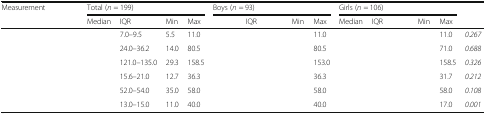
<table><thead><tr><td rowspan="2"><b>Measurement</b></td><td colspan="4"><b>Total (<i>n</i> = 199)</b></td><td colspan="4"><b>Boys (<i>n</i> = 93)</b></td><td colspan="4"><b>Girls (<i>n</i> = 106)</b></td><td rowspan="2">[EMPTY_CELL]</td></tr><tr><td><b>Median</b></td><td><b>IQR</b></td><td><b>Min</b></td><td><b>Max</b></td><td>[EMPTY_CELL]</td><td><b>IQR</b></td><td><b>Min</b></td><td><b>Max</b></td><td><b>Median</b></td><td><b>IQR</b></td><td><b>Min</b></td><td><b>Max</b></td></tr></thead><tbody><tr><td>[EMPTY_CELL]</td><td>[EMPTY_CELL]</td><td>7.0–9.5</td><td>5.5</td><td>11.0</td><td>[EMPTY_CELL]</td><td>[EMPTY_CELL]</td><td>[EMPTY_CELL]</td><td>11.0</td><td>[EMPTY_CELL]</td><td>[EMPTY_CELL]</td><td>[EMPTY_CELL]</td><td>11.0</td><td><i>0.267</i></td></tr><tr><td>[EMPTY_CELL]</td><td>[EMPTY_CELL]</td><td>24.0–36.2</td><td>14.0</td><td>80.5</td><td>[EMPTY_CELL]</td><td>[EMPTY_CELL]</td><td>[EMPTY_CELL]</td><td>80.5</td><td>[EMPTY_CELL]</td><td>[EMPTY_CELL]</td><td>[EMPTY_CELL]</td><td>71.0</td><td><i>0.688</i></td></tr><tr><td>[EMPTY_CELL]</td><td>[EMPTY_CELL]</td><td>121.0–135.0</td><td>29.3</td><td>158.5</td><td>[EMPTY_CELL]</td><td>[EMPTY_CELL]</td><td>[EMPTY_CELL]</td><td>153.0</td><td>[EMPTY_CELL]</td><td>[EMPTY_CELL]</td><td>[EMPTY_CELL]</td><td>158.5</td><td><i>0.326</i></td></tr><tr><td>[EMPTY_CELL]</td><td>[EMPTY_CELL]</td><td>15.6–21.0</td><td>12.7</td><td>36.3</td><td>[EMPTY_CELL]</td><td>[EMPTY_CELL]</td><td>[EMPTY_CELL]</td><td>36.3</td><td>[EMPTY_CELL]</td><td>[EMPTY_CELL]</td><td>[EMPTY_CELL]</td><td>31.7</td><td><i>0.212</i></td></tr><tr><td>[EMPTY_CELL]</td><td>[EMPTY_CELL]</td><td>52.0–54.0</td><td>35.0</td><td>58.0</td><td>[EMPTY_CELL]</td><td>[EMPTY_CELL]</td><td>[EMPTY_CELL]</td><td>58.0</td><td>[EMPTY_CELL]</td><td>[EMPTY_CELL]</td><td>[EMPTY_CELL]</td><td>58.0</td><td><i>0.108</i></td></tr><tr><td>[EMPTY_CELL]</td><td>[EMPTY_CELL]</td><td>13.0–15.0</td><td>11.0</td><td>40.0</td><td>[EMPTY_CELL]</td><td>[EMPTY_CELL]</td><td>[EMPTY_CELL]</td><td>40.0</td><td>[EMPTY_CELL]</td><td>[EMPTY_CELL]</td><td>[EMPTY_CELL]</td><td>17.0</td><td><i>0.001</i></td></tr></tbody></table>